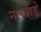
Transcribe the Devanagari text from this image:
नलदाड़े